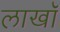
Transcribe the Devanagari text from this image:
लाखॉ